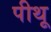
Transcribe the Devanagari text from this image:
पीथू